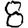
Digit: 8